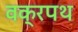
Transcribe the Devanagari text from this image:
वक्रपथ